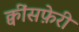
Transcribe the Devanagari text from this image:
क्वींसफ़ेरी